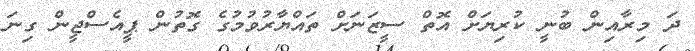
ދަ މިރާއިން ބުނީ ކުރިޔަށް އޮތް ސީޒަނަށް ތައްޔާރުވުމުގެ ގޮތުން ޕީއެސްޖީން ގިނަ